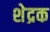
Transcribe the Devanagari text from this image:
शेद्रक